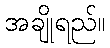
အချိုရည်။